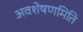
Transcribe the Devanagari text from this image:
अवशेषणमिति